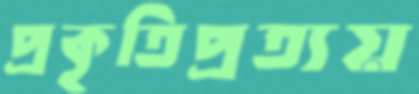
প্রকৃতিপ্রত্যয়